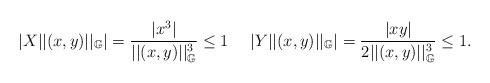
LaTeX: \begin{align*}|X ||(x,y)||_{\mathbb G} | = \frac{|x^3|}{ ||(x,y)||^3_{\mathbb G} }\le 1 \ \ \ \ |Y ||(x,y)||_{\mathbb G} | = \frac{|xy|}{ 2||(x,y)||^3_{\mathbb G} } \le 1. \end{align*}